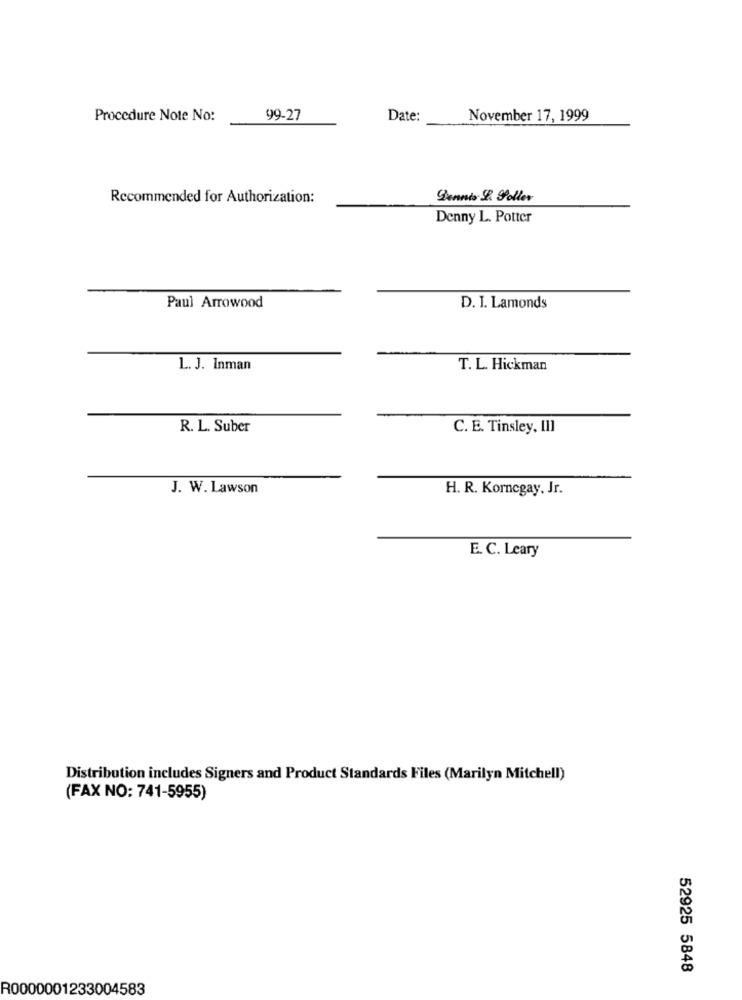
Procedure Note No:
99-27
Date:
November 17, 1999
Recommended for Authorization:
Bennis L. Sollev
Denny L. Potter
Paul Arrowood
D. I. Lamonds
L. J. Inman
T. L. Hickman
R. L. Suber
C. E. Tinsley, [1]
J. W. Lawson
H. R. Kornegay, Jr.
E. C. Leary
Distribution includes Signers and Product Standards Files (Marilyn Mitchell)
(FAX NO: 741-5955)
52925 5848
R0000001233004583